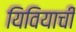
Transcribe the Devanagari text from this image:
यिवियाची